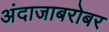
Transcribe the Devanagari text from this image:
अंदाजाबरोबर